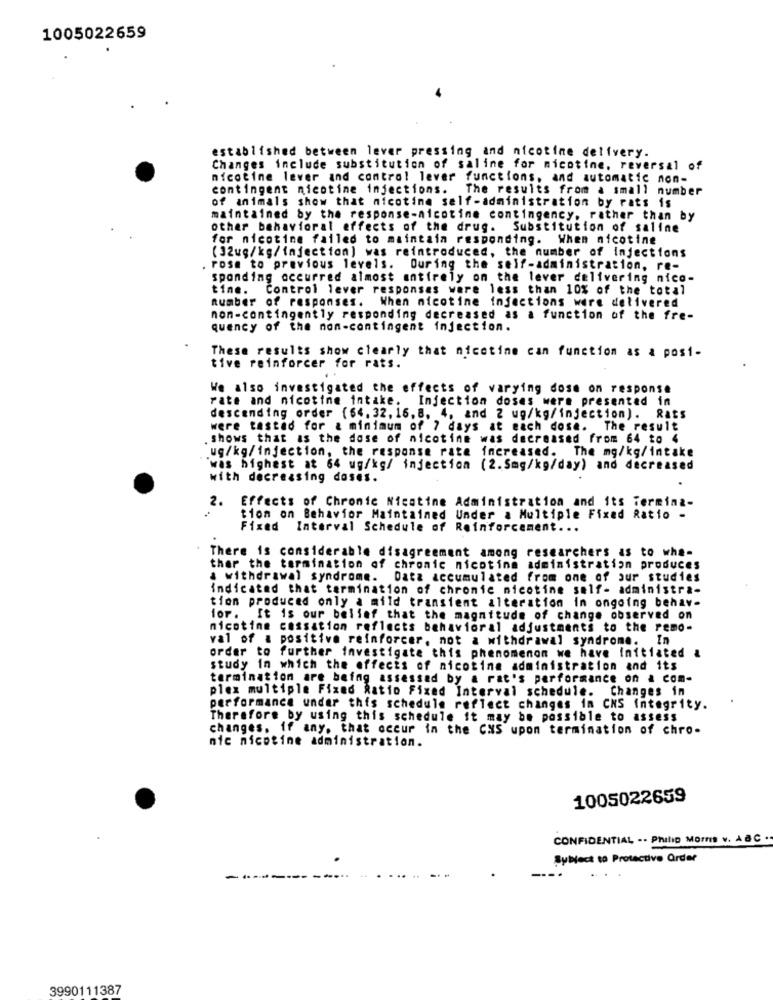
1005022659
established between lever pressing and nicotine delivery.
Changes include substitution of saline for nicotine, reversal of
nicotine lever and control lever functions, and automatic non-
contingent nicotine injections. The results from a small number
of animals show that nicotine self-administration by rats is
maintained by the response-nicotine contingency, rather than by
other behavioral effects of the drug. Substitution of saline
for nicotine failed to maintain responding. When nicotine
(32ug/kg/injection) was reintroduced, the number of injections
. rose to previous levels. During the self-administration, re-
sponding occurred almost entirely on the lever delivering nico-
tine. Control lever responses ware less than 10% of the total
number of responses. When nicotine injections were delivered
non-contingently responding decreased as a function of the fre-
quency of the non-contingent injection.
These results show clearly that nicotine can function as a posi-
tive reinforcer for rats.
..
We also investigated the effects of varying dose on response
rate and nicotine intake. Injection doses were presented in
descending order (64.32, 16, 8. 4, and 2 ug/kg/injection). Rats
were tested for & minimum of 7 days at each dose. The result
shows that as the dose of nicotine was decreased from 64 to 4
ug/kg/injection, the response rate increased. The mg/kg/intake
`was highest at 64 ug/kg/ injection (2.5mg/kg/day) and decreased
with decreasing dases.
Effects of Chronic Nicatine Administration and its Termina-
tion on Behavior Maintained Under a Multiple Fixed Ratio -
Fixed Interval Schedule of Reinforcement ...
There is considerable disagreement among researchers as to whe-
ther the termination of chronic nicotine administration produces
a withdrawal syndrome. Data accumulated from one of our studies
indicated that termination of chronic nicotine self- administra-
tion produced only a mild transient alteration in ongoing behav-
for. It is our belief that the magnitude of change observed on
nicotine cassation reflects behavioral adjustments to the remo-
val of a positive reinforcer, not a withdrawal syndrome. In
order to further investigate this phenomenon we have Initiated &
study in which the effects of nicotina administration and its
termination are being assessad by a rat's performance on a com-
plex multiple Fixed Ratio Fixed Interval schedule. Changes in
performance under this schedule reflect changes in CNS Integrity.
Therefore by using this schedule it may be possible to assess
changes, if any, that occur in the CMS upon termination of chro-
nic nicotine administration.
1005022659
CONFIDENTIAL -- Philip Morris v. A B C .
Sybleck to Protective Order
3990111387